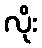
လိုး